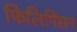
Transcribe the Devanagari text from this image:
फिलिपिंसन